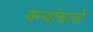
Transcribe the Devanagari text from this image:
वन्यांचलों